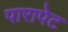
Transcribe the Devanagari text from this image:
पारापेट